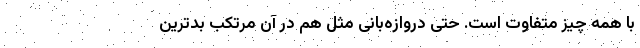
با همه چیز متفاوت است. حتی دروازه‌بانی مثل هم در آن مرتکب بدترین